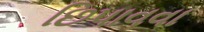
છિપાવવા